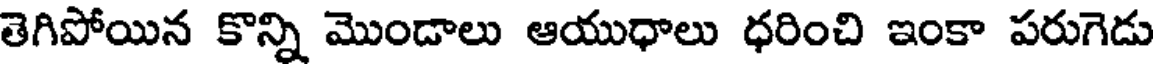
తెగిపోయిన కొన్ని మొండాలు ఆయుధాలు ధరించి ఇంకా పరుగెడు